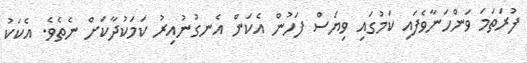
ފުރަތަމަ ވަންހަނާވެފައި ކަމުގައި ވިޔަސް ފަހުން އެކަން އެނގުނުއިރު ކަމަކުދާކަށް ނެތެވެ. އެކަކު